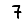
Digit: 7